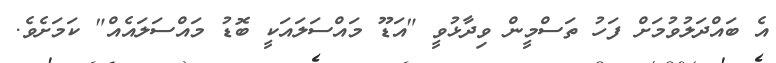
އެ ބައްދަލުވުމަށް ފަހު ތަސްމީން ވިދާޅުވީ "އަޑޫ މައްސަލައަކީ ބޮޑު މައްސަލައެއް" ކަމަށެވެ.